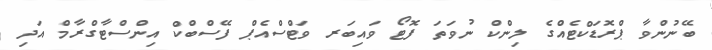
ބޭނުންވާ ޕްރޮޑަކްޓެއްގެ ލިންކް ނުވަތަ ފޮޓޯ ވައިބަރ ވަޓްސްއެޕް ފޭސްބްކް އިންސްޓާގްރާމް އަދި